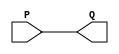
// This program was cloned from: https://github.com/chipsalliance/yosys-f4pga-plugins
// License: Apache License 2.0

// Copyright 2020-2022 F4PGA Authors
//
// Licensed under the Apache License, Version 2.0 (the "License");
// you may not use this file except in compliance with the License.
// You may obtain a copy of the License at
//
//     http://www.apache.org/licenses/LICENSE-2.0
//
// Unless required by applicable law or agreed to in writing, software
// distributed under the License is distributed on an "AS IS" BASIS,
// WITHOUT WARRANTIES OR CONDITIONS OF ANY KIND, either express or implied.
// See the License for the specific language governing permissions and
// limitations under the License.
//
// SPDX-License-Identifier: Apache-2.0

module inpad (
    output Q,
    (* iopad_external_pin *)
    input  P
);
  assign Q = P;
endmodule

module outpad (
    (* iopad_external_pin *)
    output P,
    input  A
);
  assign P = A;
endmodule

module ckpad (
    output Q,
    (* iopad_external_pin *)
    input  P
);
  assign Q = P;
endmodule

module bipad (
    input  A,
    input  EN,
    output Q,
    (* iopad_external_pin *)
    inout  P
);
  assign Q = P;
  assign P = EN ? A : 1'bz;
endmodule


module dff (
    output reg Q,
    input D,
    (* clkbuf_sink *)
    input CLK
);
  parameter [0:0] INIT = 1'b0;
  initial Q = INIT;
  always @(posedge CLK) Q <= D;
endmodule